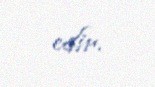
edir.